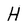
Character: H